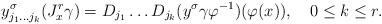
LaTeX: \begin{align*}y_{j_{1}\ldots j_{k}}^{\sigma}(J_{x}^{r}\gamma)=D_{j_{1}}\ldots D_{j_{k}}(y^{\sigma}\gamma\varphi^{-1})(\varphi(x)),\quad0\leq k\leq r.\end{align*}